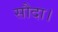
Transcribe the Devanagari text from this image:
सौदा।